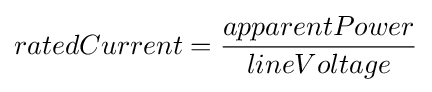
{ratedCurrent}={\frac {apparentPower}{lineVoltage}}